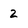
Character: 2